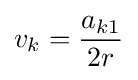
v_{k}={\frac {a_{k1}}{2r}}